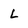
Character: L